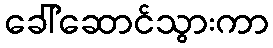
ခေါ်ဆောင်သွားကာ